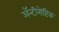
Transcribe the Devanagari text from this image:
ॲन्टीसेप्टिक